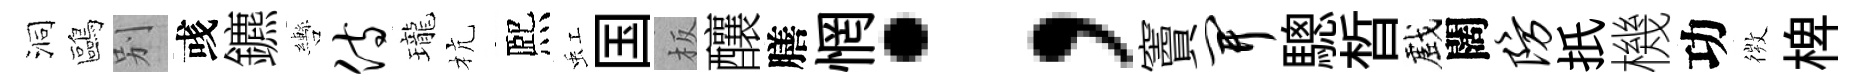
洞鷗别彧鑣轡侍瓏杭熈虹国板釀膳惘；竇开驄晳戲闊防扺機功𢕄椑